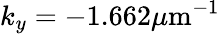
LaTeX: k_{y}=-1.662\mu\mathrm{m}^{-1}